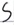
Text: S